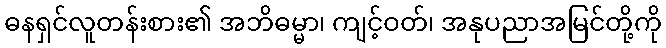
ဓနရှင်လူတန်းစား၏ အဘိဓမ္မာ၊ ကျင့်ဝတ်၊ အနုပညာအမြင်တို့ကို